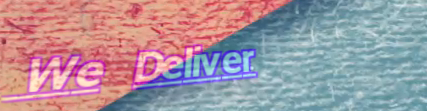
We Deliver